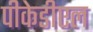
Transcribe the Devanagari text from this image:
पीकेडीएल